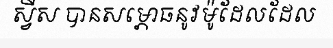
ស្វីស បានសម្ភោធនូវម៉ូដែលដែល